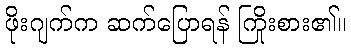
ဖိုးဂျက်က ဆက်ပြောရန် ကြိုးစား၏။